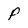
Character: P